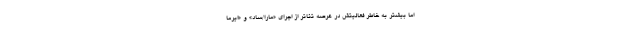
اما بیشتر به خاطر فعالیتش در عرصه تئاتر از اجرای «مارا/ساد» و «ایرما